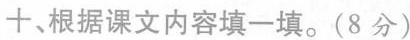
十、根据课文内容填一填。(8分)